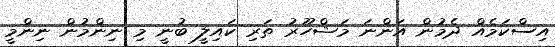
އިސްކަމެއް ދެމުން އަންނަ މަޝްހޫރު ތަރި ކައިލީ ބުނީ މި ނިންމުން ނިންމީ